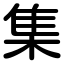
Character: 集